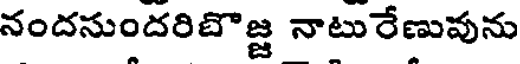
నందనుందరిబొజ్జ నాటురేణువును